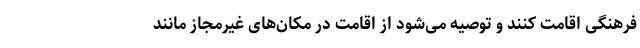
فرهنگی اقامت کنند و توصیه می‌شود از اقامت در مکان‌های غیرمجاز مانند